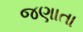
જણાતા